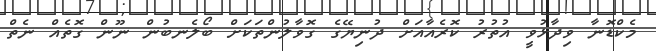
މެކްޑޮނާ ވިދާޅުވީ އުތުރު ކޮރެއާއަށް ދުނިޔޭގެ ގޮވާލުންތަކަށް ބޯލެނބުން ނޫން ގޮތެއް ނެތް